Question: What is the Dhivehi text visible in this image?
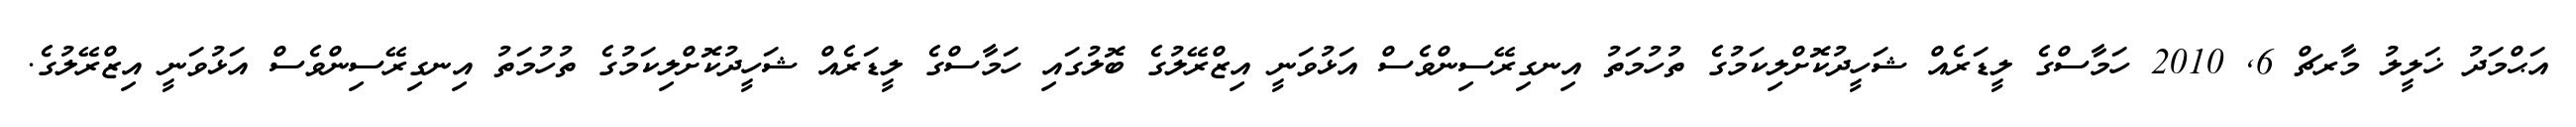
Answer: އަޙްމަދު ޚަލީލު މާރޗް 6, 2010 ހަމާސްގެ ލީޑަރެއް ޝަހީދުކޮށްލިކަމުގެ ތުހުމަތު އިނގިރޭސިންވެސް އަޅުވަނީ އިޒްރޭލުގެ ބޮލުގައި ހަމާސްގެ ލީޑަރެއް ޝަހީދުކޮށްލިކަމުގެ ތުހުމަތު އިނގިރޭސިންވެސް އަޅުވަނީ އިޒްރޭލުގެ.